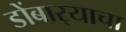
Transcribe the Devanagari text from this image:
डोंबार्‍याचा